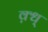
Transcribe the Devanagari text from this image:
क़्ध्